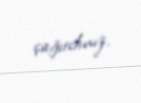
çağırdınız.